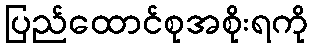
ပြည်ထောင်စုအစိုးရကို